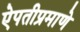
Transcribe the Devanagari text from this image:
ऐपतीप्रमाणे